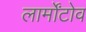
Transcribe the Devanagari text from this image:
लार्मोंटोव